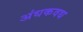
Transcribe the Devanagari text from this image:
अंधकवध